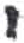
אות: י